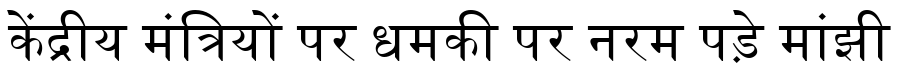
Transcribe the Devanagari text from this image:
केंद्रीय मंत्रियों पर धमकी पर नरम पड़े मांझी